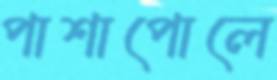
পাশাপোলে